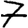
Digit: 7